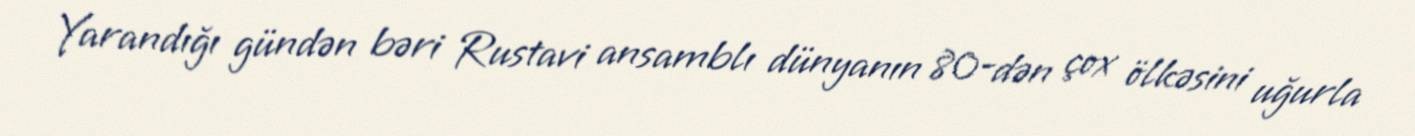
Yarandığı gündən bəri Rustavi ansamblı dünyanın 80-dən çox ölkəsini uğurla